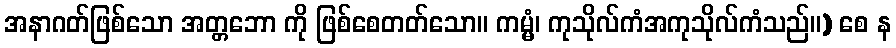
အနာဂတ်ဖြစ်သော အတ္တဘော ကို ဖြစ်စေတတ်သော။ ကမ္မံ၊ ကုသိုလ်ကံအကုသိုလ်ကံသည်။) စေ န